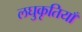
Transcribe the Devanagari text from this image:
लघुकृतियाँ